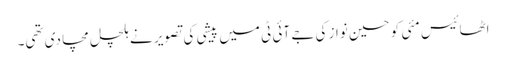
اٹھائیس مئی کو حسین نواز کی جے آئی ٹی میں پیشی کی تصویر نے ہلچل مچا دی تھی۔